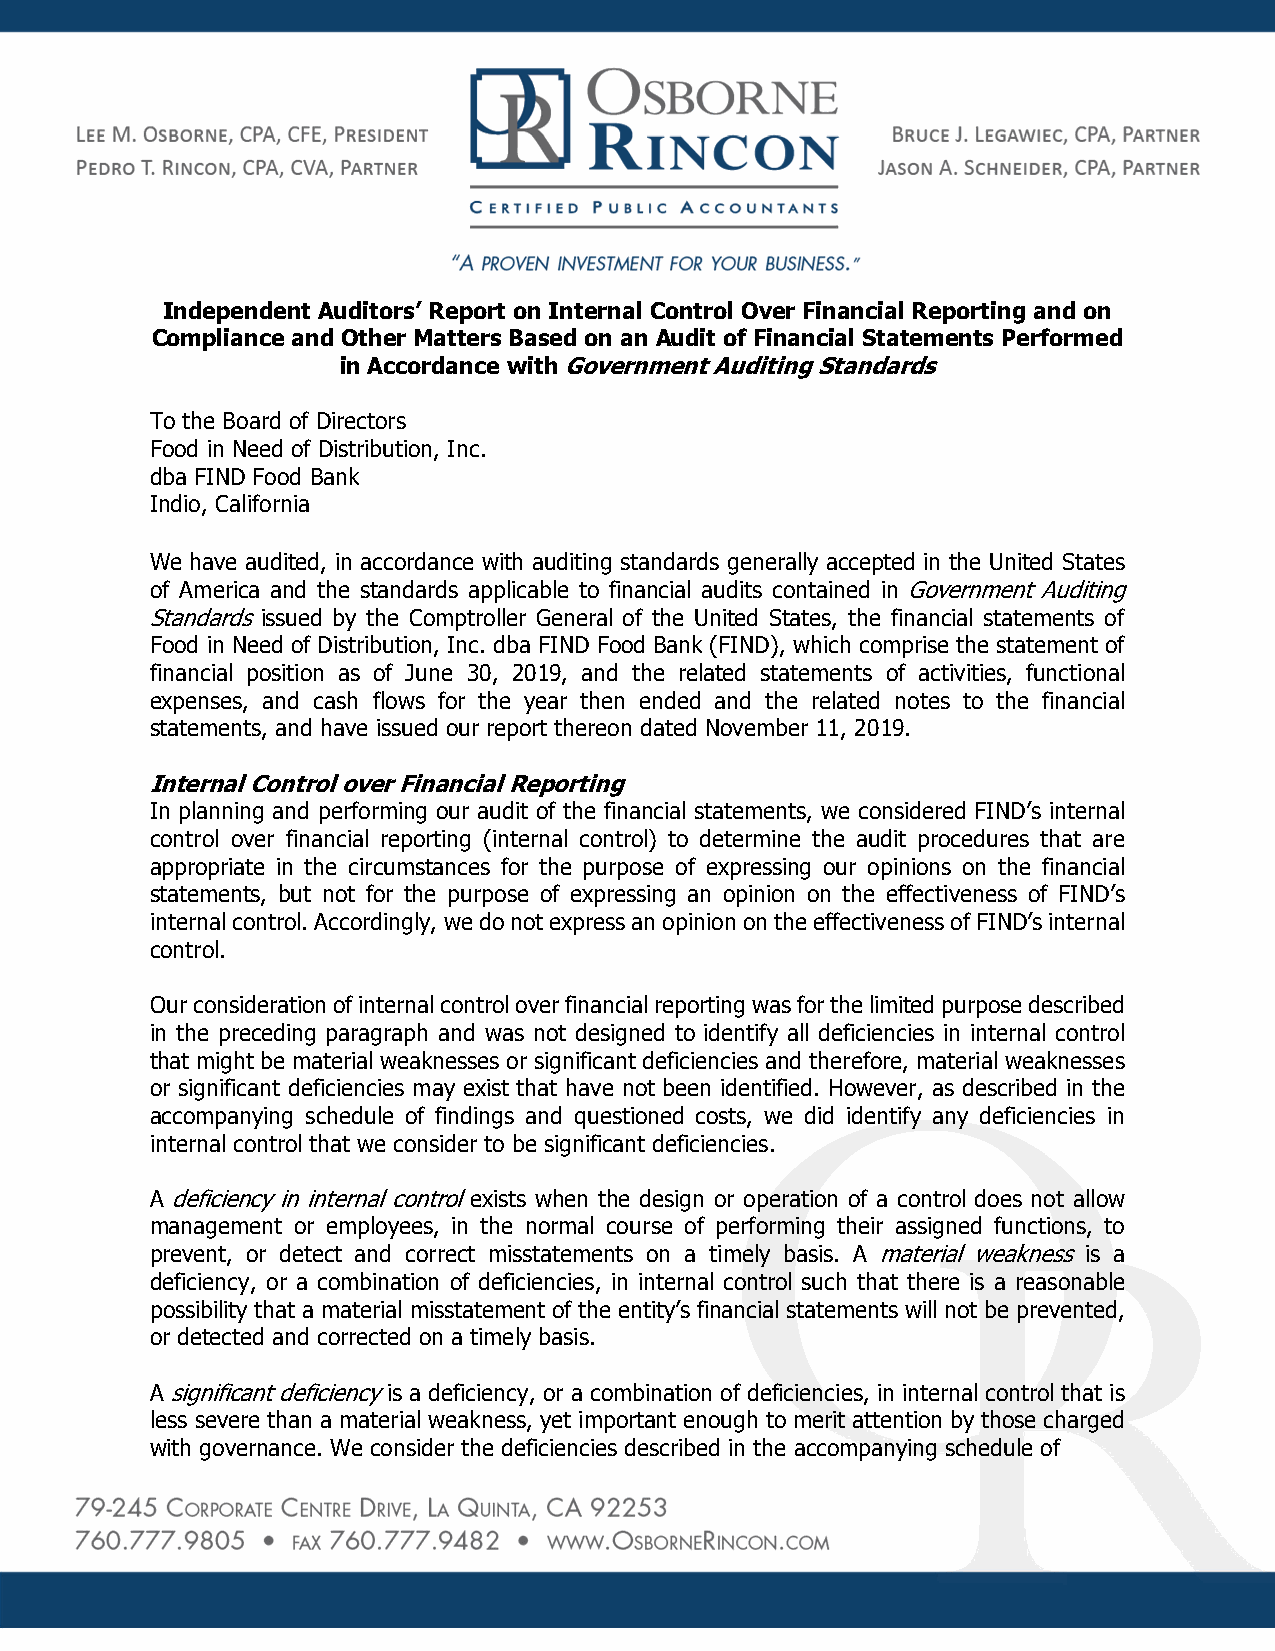
Independent Auditors’ Report on Internal Control Over Financial Reporting and on
 Compliance and Other Matters Based on an Audit of Financial Statements Performed
 in Accordance with Government Auditing Standards
 To the Board of Directors
 Food in Need of Distribution, Inc.
 dba FIND Food Bank
 Indio, California
 We have audited, in accordance with auditing standards generally accepted in the United States
 of America and the standards applicable to financial audits contained in Government Auditing
 Standards issued by the Comptroller General of the United States, the financial statements of
 Food in Need of Distribution, Inc. dba FIND Food Bank (FIND), which comprise the statement of
 financial position as of June 30, 2019, and the related statements of activities, functional
 expenses, and cash flows for the year then ended and the related notes to the financial
 statements, and have issued our report thereon dated November 11, 2019.
 Internal Control over Financial Reporting
 In planning and performing our audit of the financial statements, we considered FIND’s internal
 control over financial reporting (internal control) to determine the audit procedures that are
 appropriate in the circumstances for the purpose of expressing our opinions on the financial
 statements, but not for the purpose of expressing an opinion on the effectiveness of FIND’s
 internal control. Accordingly, we do not express an opinion on the effectiveness of FIND’s internal
 control.
 Our consideration of internal control over financial reporting was for the limited purpose described
 in the preceding paragraph and was not designed to identify all deficiencies in internal control
 that might be material weaknesses or significant deficiencies and therefore, material weaknesses
 or significant deficiencies may exist that have not been identified. However, as described in the
 accompanying schedule of findings and questioned costs, we did identify any deficiencies in
 internal control that we consider to be significant deficiencies.
 A deficiency in internal control exists when the design or operation of a control does not allow
 management or employees, in the normal course of performing their assigned functions, to
 prevent, or detect and correct misstatements on a timely basis. A material weakness is a
 deficiency, or a combination of deficiencies, in internal control such that there is a reasonable
 possibility that a material misstatement of the entity’s financial statements will not be prevented,
 or detected and corrected on a timely basis.
 A significant deficiency is a deficiency, or a combination of deficiencies, in internal control that is
 less severe than a material weakness, yet important enough to merit attention by those charged
 with governance. We consider the deficiencies described in the accompanying schedule of